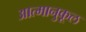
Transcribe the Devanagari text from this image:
आत्मानुकूल